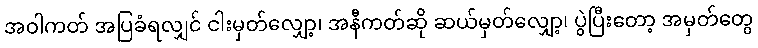
အဝါကတ် အပြခံရလျှင် ငါးမှတ်လျှော့၊ အနီကတ်ဆို ဆယ်မှတ်လျှော့၊ ပွဲပြီးတော့ အမှတ်တွေ